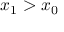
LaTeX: x _ { 1 } > x _ { 0 }